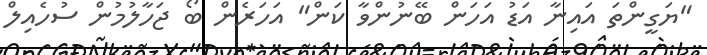
"ޔަގީންތަ އައިނާ އަޑު އަހަން ބޭނުންވާ ކަން" އަހަރެން ބޯ ޖަހާލުމުން ސުހެއިލް